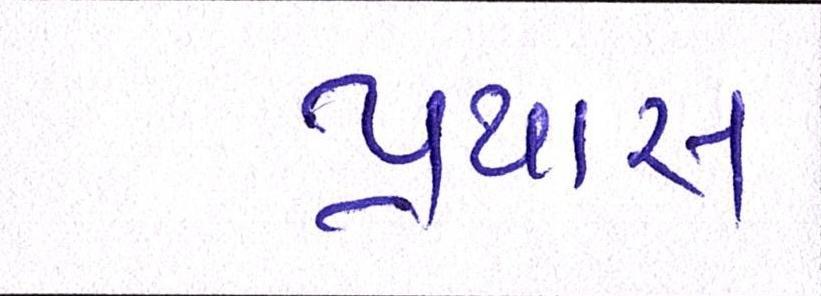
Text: પ્રયાસ